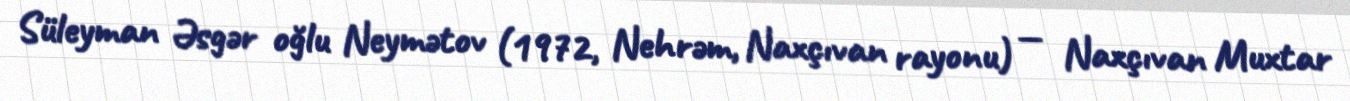
Süleyman Əsgər oğlu Neymətov (1972, Nehrəm, Naxçıvan rayonu) — Naxçıvan Muxtar